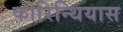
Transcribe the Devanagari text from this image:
कोरिन्थियास